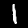
Digit: 1